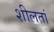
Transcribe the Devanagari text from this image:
शीलतां